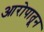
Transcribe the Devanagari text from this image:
आरोपातून